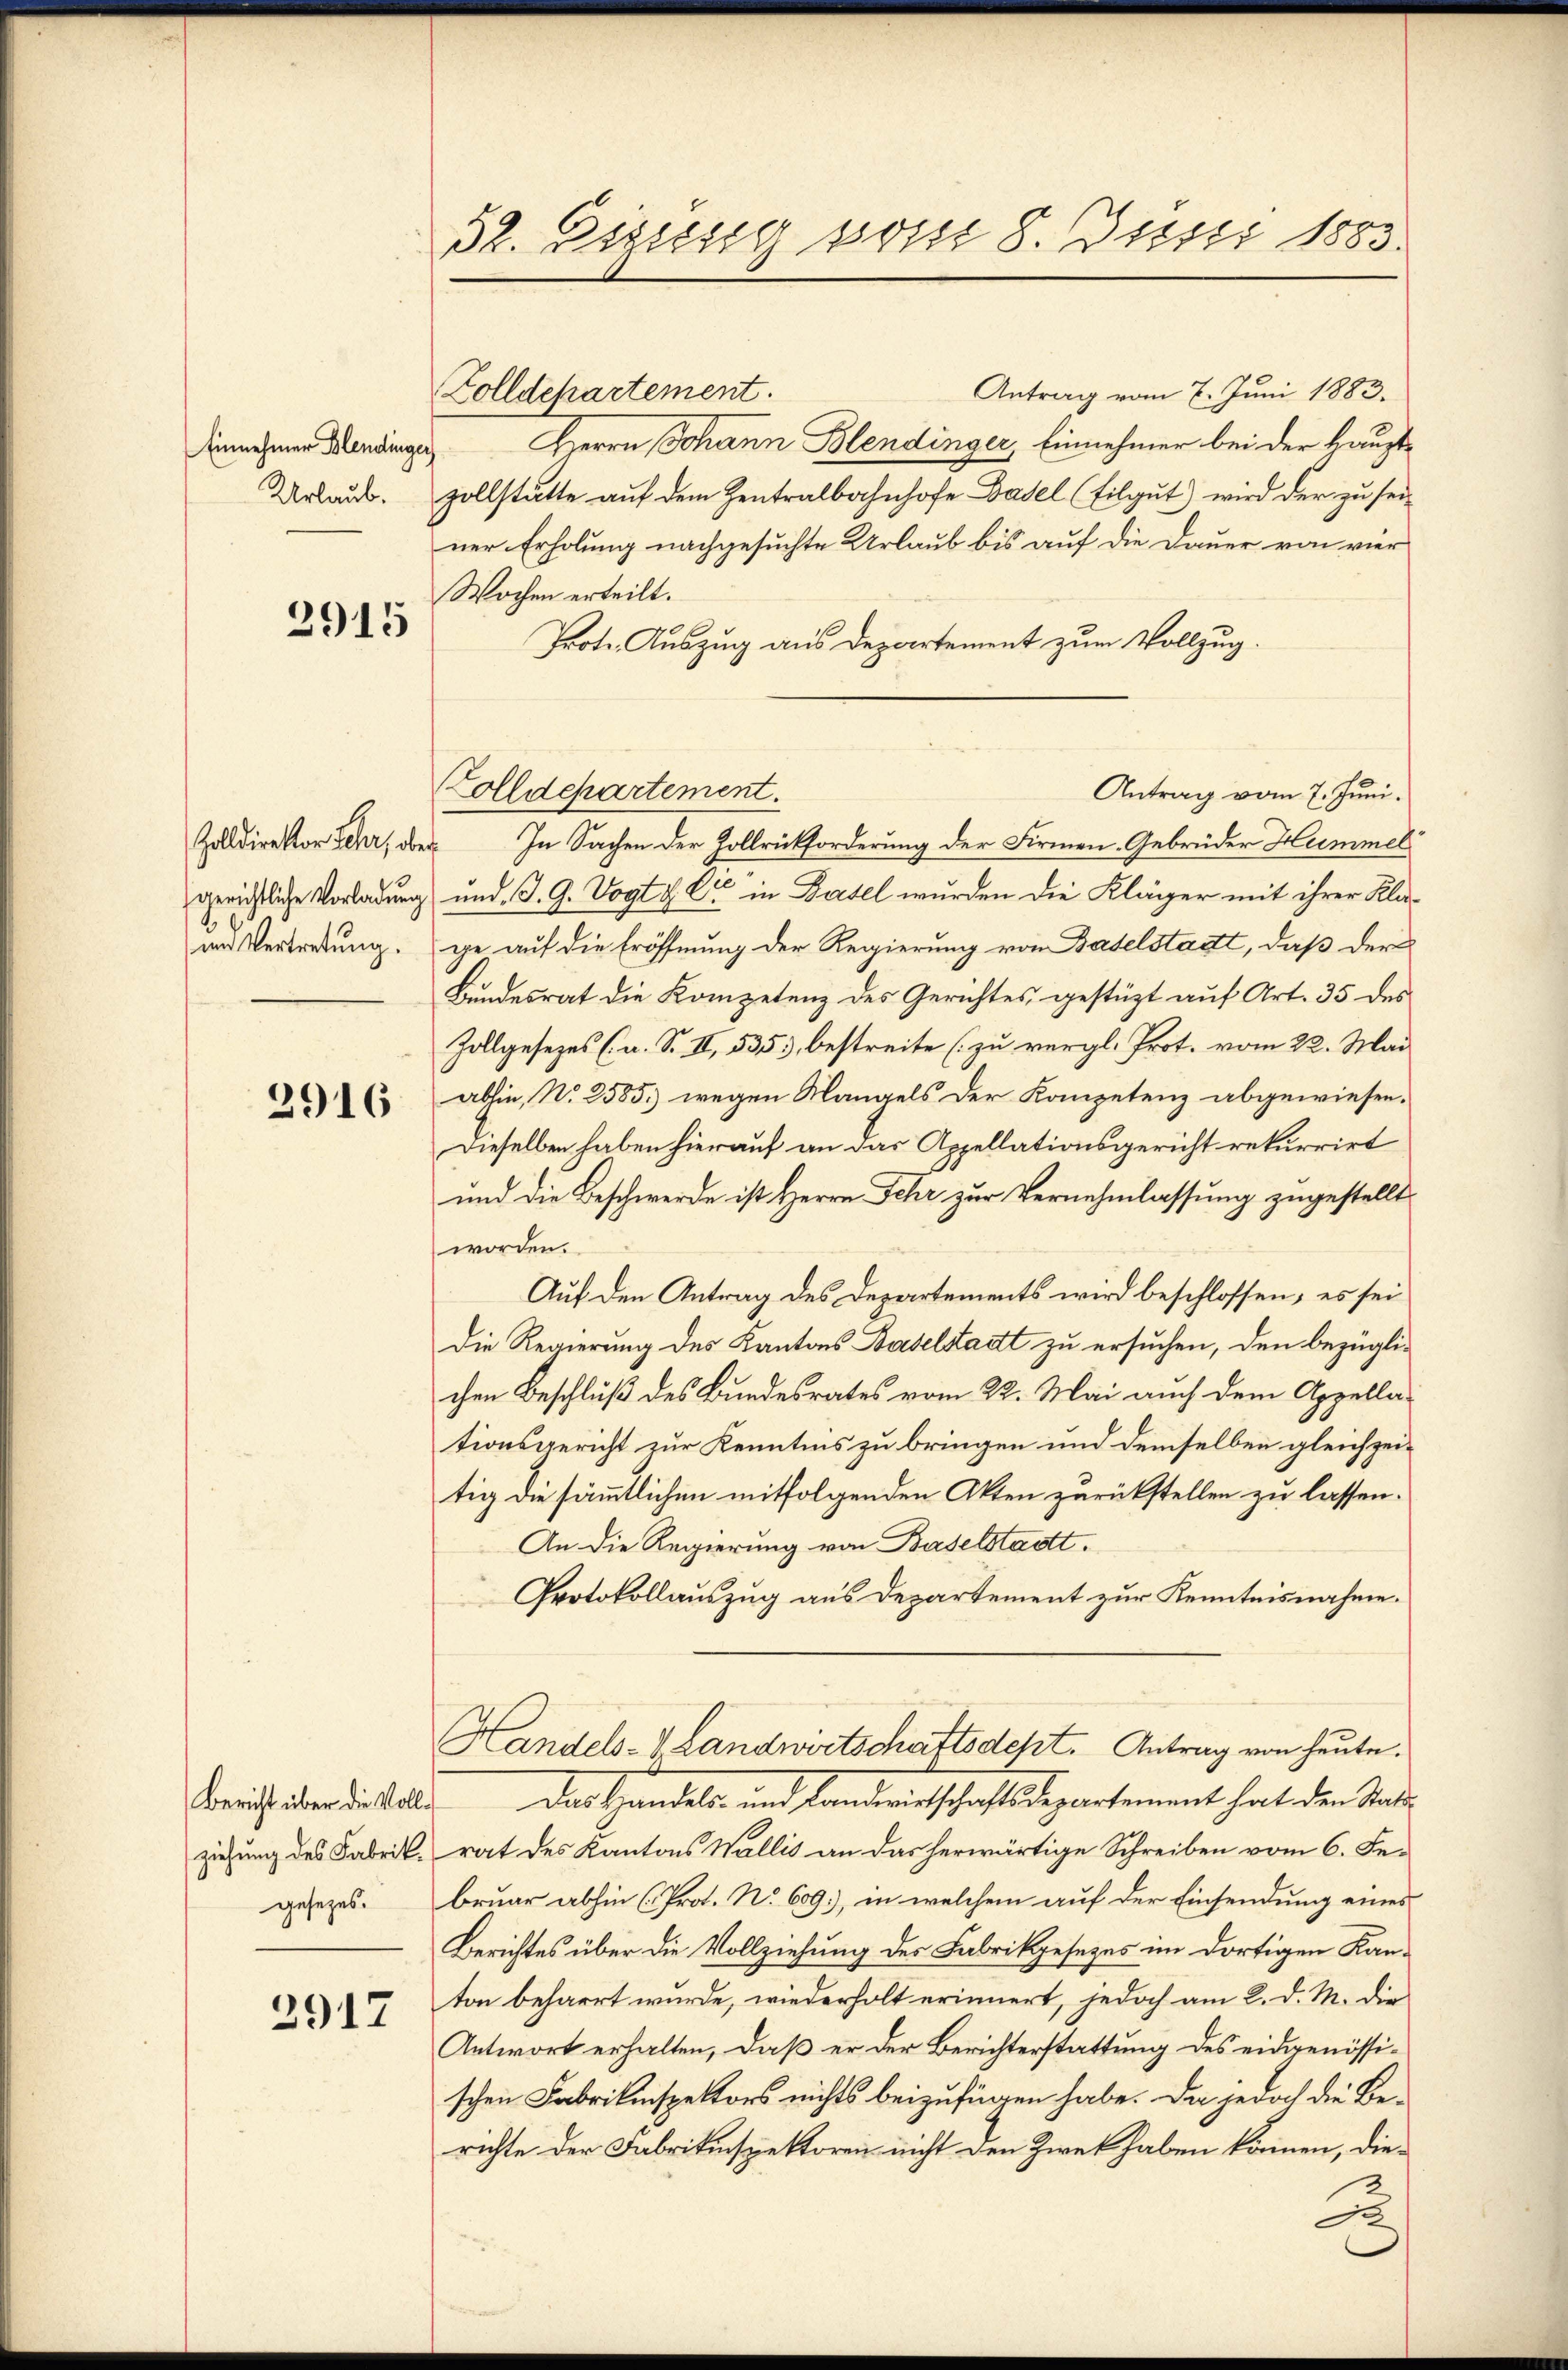
Einnehmer Blendinge
Urlaub.

2915

Zolldirektor Scher, obe
gerichtliche Vorladung
s
um Vertretung.

2916

Bericht über die Vollziehung des Fabrik.
gesezes.

2917

52. Dissesig vom 8. Juni 1883.

Zolldepartement.

Antrag vom 7. Juni 1883.
Herrn Johann Blendinger, Einnehmer bei der Hauptzollstätte auf dem Zentralbahnhofe Basel (Eilgut) wird der zu seiner Erholung nachgesuchte Urlaub bis auf die Dauer von vier
Wochen erteilt.
Prote. Auszug aus Departement zum Vollzug.
olldepartement.
Antrag vom 7. Juni.
In Sachen der Zollrückforderung der Firmen-Gebrüder Hummel
und. J. G. Vogt & Cie in Batel wurden die Kläger mit ihrer Klage auf die Eröffnung der Regierung von Baselstadt, daß der
Bundesrat die Kompetenz des Gerichtes gestützt auf Art. 35 des
Zollgesezes (a. S. II, 535, bestreite (zu vergl. Prot. vom 22. Mai
abhin, N. 2585. wegen Mangels der Kompetenz abgewiesen.
Dieselben haben hierauf an das Appellationsgericht rekurrirt
und die Beschwerde ist Herrn Fehr zur Vernehmlassung zugestellt
worden.
Auf den Antrag des Departements wird beschlossen, es sei
Die Regierung des Kantons Baselstadt zu ersuchen, den bezüglichen Beschluß des Bundesrates vom 22. Mai auch dem Appellationsgericht zur Kenntnis zu bringen und demselben gleichzeitig die sämmtlichen mitfolgenden Akten zurückstellen zu lassen.
An die Regierung von Baselstadt.
Protokollauszug aus Departement zur Kenntnisnahme.
Handels-V Landwirtschaftsdept. Antrag von heute.
das Handels und Landreitschaftsdepartement hat den Stande
rat des Kantons Wallis an das herwärtige Schreiben vom 6. Februar abhin (Prot. No 609), in welchem auf der Einsendung eines
Berichtes über die Vollziehung des Fabrikgesezes im dortigen Kanton beharrt wurde, wiederholt erinnert, jedoch am 2. d. M. die
Antwort erhalten, daß er der Berichterstattung des eidgenössischen Fabrikinspektors nichts beizufügen habe. Da jedoch die Be-
richte der Fabrikinspektoren nicht den Zwek haben können, die¬
A